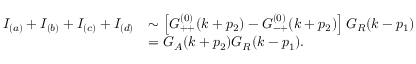
\begin{array} { l l } { { I _ { ( a ) } + I _ { ( b ) } + I _ { ( c ) } + I _ { ( d ) } } } & { { \sim \left[ G _ { + + } ^ { ( 0 ) } ( k + p _ { 2 } ) - G _ { - + } ^ { ( 0 ) } ( k + p _ { 2 } ) \right] G _ { R } ( k - p _ { 1 } ) } } \\ { { { } } } & { { = G _ { A } ( k + p _ { 2 } ) G _ { R } ( k - p _ { 1 } ) . } } \end{array}